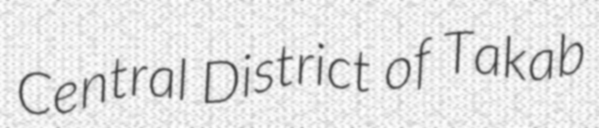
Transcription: Central District of Takab